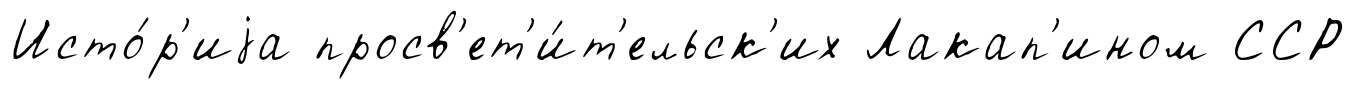
Исто́р'иjа просв'ет'и́т'ельск'их Лакап'ином ССР